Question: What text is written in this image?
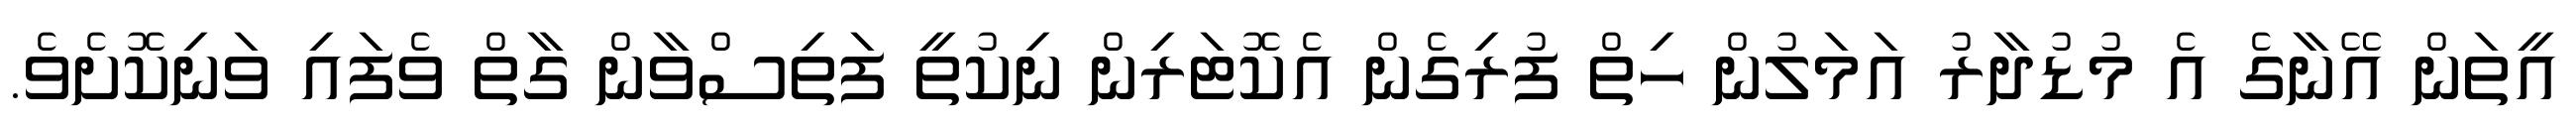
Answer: އީތަން އޭނާގެ އެ މުޑުދާރު އަމަލުން ހިތް ފުރިގެން އެކޮޓަރިން ނިކުތީ ފަތިސްވާން ގާތް ވެފައި ވަނިކޮށެވެ.